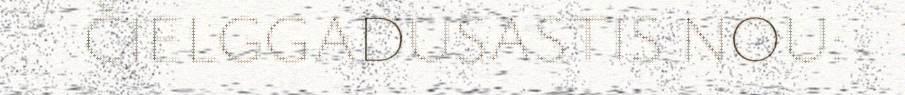
ČIELGGADUSASTIS NOU: